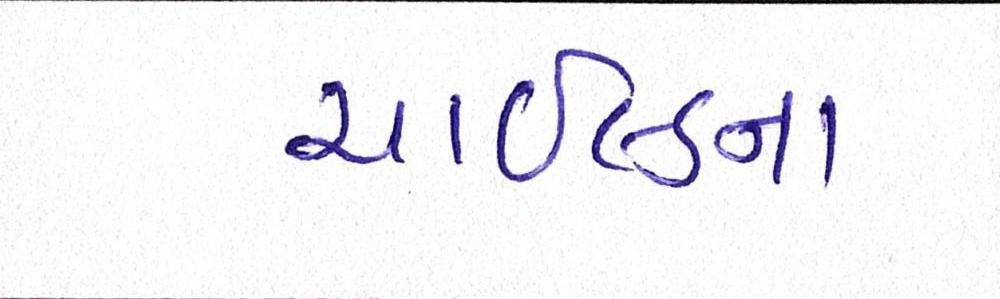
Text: ચાઇલ્ડના